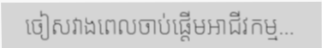
ចៀសវាងពេលចាប់ផ្តើមអាជីវកម្ម...